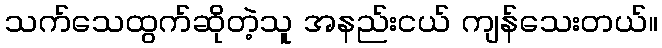
သက်သေထွက်ဆိုတဲ့သူ အနည်းငယ် ကျန်သေးတယ်။